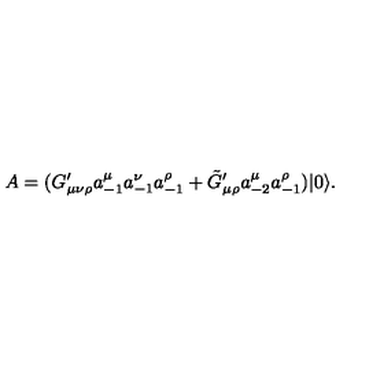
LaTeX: A = ( G _ { \mu \nu \rho } ^ { \prime } a _ { - 1 } ^ { \mu } a _ { - 1 } ^ { \nu } a _ { - 1 } ^ { \rho } + \tilde { G } _ { \mu \rho } ^ { \prime } a _ { - 2 } ^ { \mu } a _ { - 1 } ^ { \rho } ) | 0 \rangle .